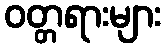
ဝတ္တရားများ